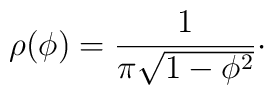
\rho(\phi) = {1\over \pi\sqrt{1-\phi^2}}\cdotp